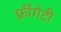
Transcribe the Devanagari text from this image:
फ्रींगेटी